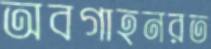
অবগাহনরত